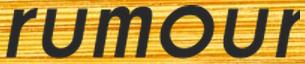
rumour